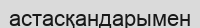
астасқандарымен